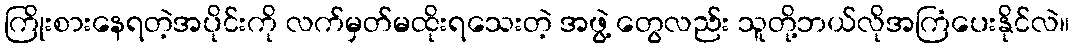
ကြိုးစားနေရတဲ့အပိုင်းကို လက်မှတ်မထိုးရသေးတဲ့ အဖွဲ့ တွေလည်း သူတို့ဘယ်လိုအကြံပေးနိုင်လဲ။